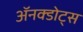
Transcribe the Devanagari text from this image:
ॲनक्डोट्स